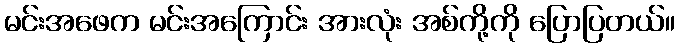
မင်းအဖေက မင်းအကြောင်း အားလုံး အစ်ကို့ကို ပြောပြတယ်။